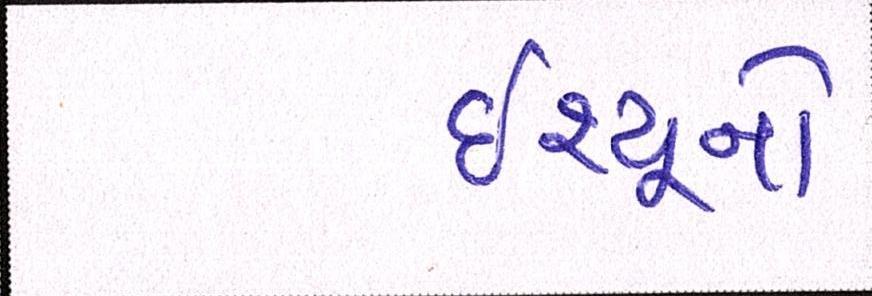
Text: ઇશ્યૂનો